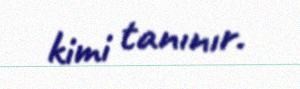
kimi tanınır.